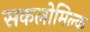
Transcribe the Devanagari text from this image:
सकलोमिल्क